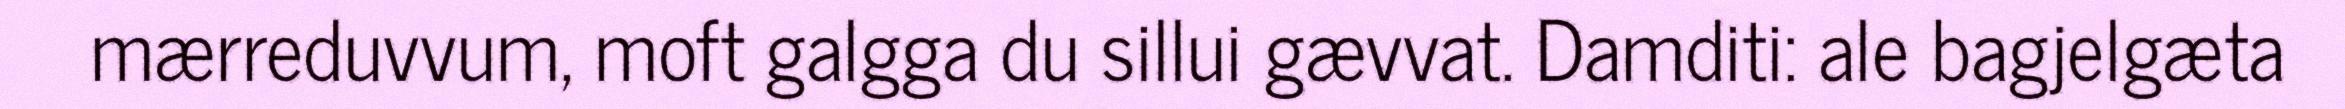
mærreduvvum, moft galgga du sillui gævvat. Damditi: ale bagjelgæta